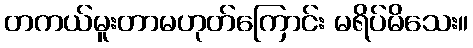
တကယ်မူးတာမဟုတ်ကြောင်း မရိပ်မိသေး။